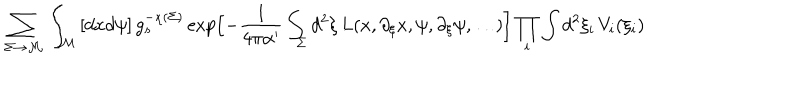
\hspace { - 1 . 5 c m } \sum _ { \Sigma \rightarrow { \cal M } } \, \int _ { { \cal M } } \, [ d x d \psi ] \, g _ { s } ^ { - \chi ( \Sigma ) } \exp \Bigl [ - { \frac { 1 } { 4 \pi \alpha ^ { \prime } } } \int _ { \Sigma } d ^ { 2 } \xi \, L ( x , \partial _ { \xi } x , \psi , \partial _ { \xi } \psi , \ldots ) \Bigr ] \prod _ { i } \int d ^ { 2 } \xi _ { i } \, V _ { i } ( \xi _ { i } )